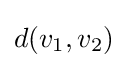
d(v_{1},v_{2})